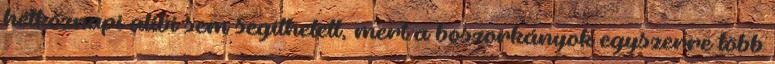
hétköznapi alibi sem segíthetett, mert a boszorkányok egyszerre több